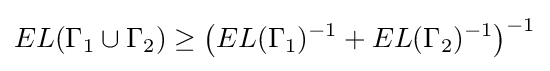
EL(\Gamma _{1}\cup \Gamma _{2})\geq {\bigl (}EL(\Gamma _{1})^{-1}+EL(\Gamma _{2})^{-1}{\bigr )}^{-1}